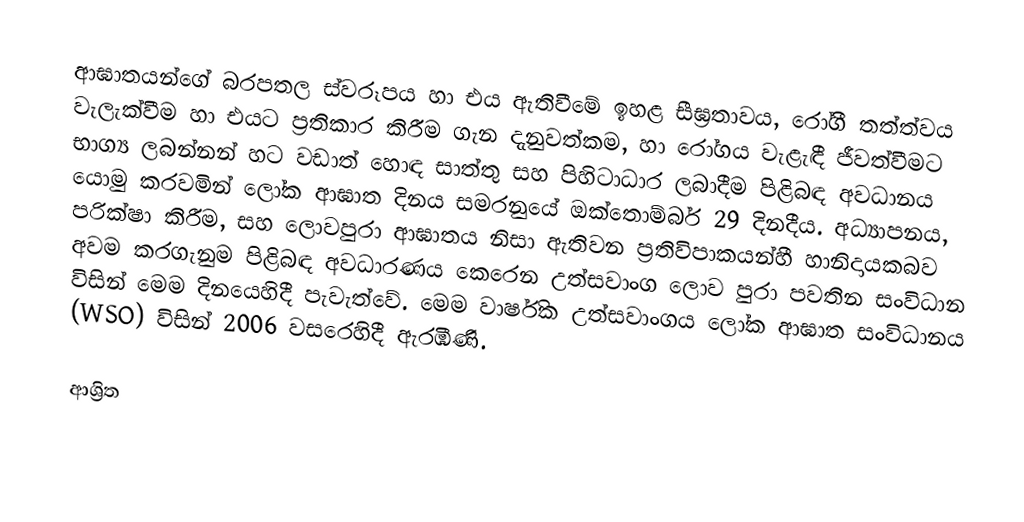
ආඝාතයන්ගේ බරපතල ස්වරූපය හා එය ඇතිවීමේ ඉහළ සීඝ්‍රතාවය, රෝගී තත්ත්වය වැලැක්වීම හා එයට ප්‍රතිකාර කිරීම ගැන දැනුවත්කම, හා රෝගය වැළැඳී ජීවත්වීමට භාග්‍ය ලබන්නන් හට වඩාත් හොඳ සාත්තු සහ පිහිටාධාර ලබාදීම පිළිබඳ අවධානය යොමු කරවමින් ලෝක ආඝාත දිනය සමරනුයේ ඔක්තොම්බර් 29 දිනදීය.  අධ්‍යාපනය, පරික්ෂා කිරීම, සහ ලොවපුරා ආඝාතය නිසා ඇතිවන ප්‍රතිවිපාකයන්හී හානිදායකබව අවම කරගැනුම පිළිබඳ අවධාරණය කෙරෙන උත්සවාංග ලොව පුරා පවතින සංවිධාන විසින් මෙම දිනයෙහිදී පැවැත්වේ.  මෙම වාර්ෂික උත්සවාංගය  ලෝක ආඝාත සංවිධානය (WSO) විසින් 2006 වසරෙහිදී ඇරඹිණි.

ආශ්‍රිත